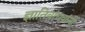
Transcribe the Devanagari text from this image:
ज्ञातिबांधवांनी